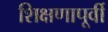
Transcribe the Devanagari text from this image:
शिक्षणापूर्वी